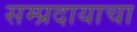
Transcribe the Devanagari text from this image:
सम्प्रदायाचा